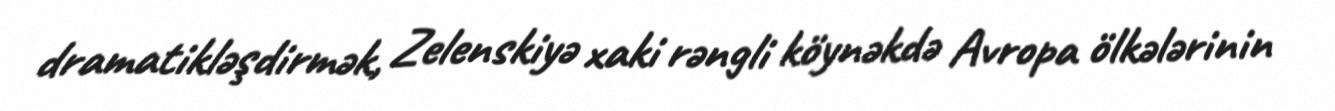
dramatikləşdirmək, Zelenskiyə xaki rəngli köynəkdə Avropa ölkələrinin